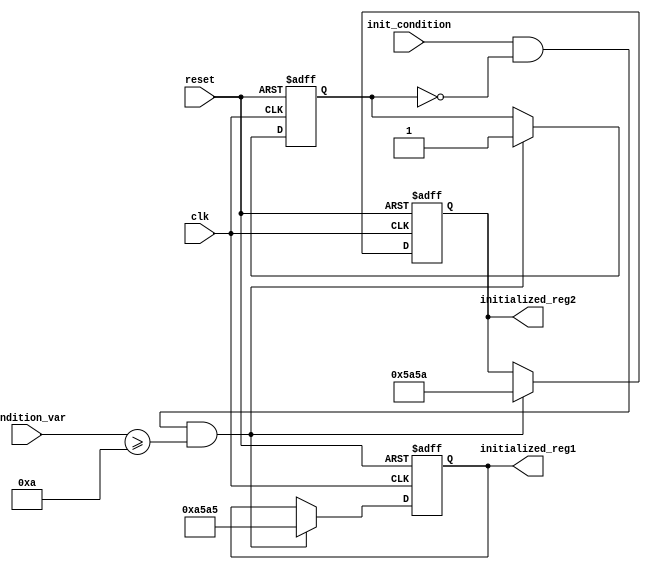
module ConditionalInitialization (
    input wire clk,               // Clock signal for synchronous initialization
    input wire reset,             // Asynchronous reset signal
    input wire init_condition,     // Control signal for initialization condition
    input wire [7:0] condition_var, // A variable that will influence initialization
    output reg [15:0] initialized_reg1, // Initialized register 1
    output reg [15:0] initialized_reg2  // Initialized register 2
);

// Parameters for predefined initialization values
parameter INIT_VALUE1 = 16'hA5A5; // Predefined value for register 1
parameter INIT_VALUE2 = 16'h5A5A; // Predefined value for register 2
parameter COUNTER_THRESHOLD = 8'h0A; // Example threshold for condition_var

// State variable to track if initialization has occurred
reg initialized;

// Always block for synchronous initialization on clock edge
always @(posedge clk or posedge reset) begin
    if (reset) begin
        // Forced re-initialization on reset
        initialized_reg1 <= INIT_VALUE1;
        initialized_reg2 <= INIT_VALUE2;
        initialized <= 1'b1; // Indicate initialization has occurred
    end 
    else if (init_condition && !initialized && (condition_var >= COUNTER_THRESHOLD)) begin
        // Conditional initialization based on control signal and variable value
        initialized_reg1 <= INIT_VALUE1;
        initialized_reg2 <= INIT_VALUE2;
        initialized <= 1'b1; // Indicate initialization has occurred
    end
end

// Monitoring block to allow retention of current values
always @(posedge clk) begin
    if (!reset && initialized) begin
        // Retain current values if initialized and no reset signal
        // Additional logic can be placed here for dynamic behavior
    end
end

endmodule